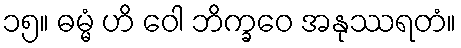
၁၅။ ဓမ္မံ ဟိ ဝေါ ဘိက္ခဝေ အနုဿရတံ။